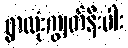
ရွာလုံးကျွတ်နီးပါး